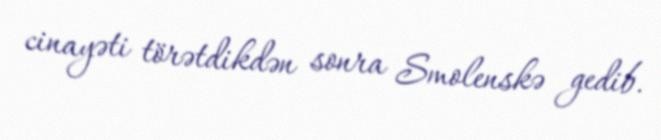
cinayəti törətdikdən sonra Smolenskə gedib.